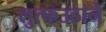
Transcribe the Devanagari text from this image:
लुत्फउठाने